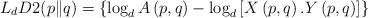
LaTeX: \begin{align*}L_{d}D2(p\|q)=\left\lbrace\log_{d} A\left(p,q\right)-\log_{d}\left[ X\left(p,q\right). Y\left(p,q\right)\right]\right\rbrace \end{align*}